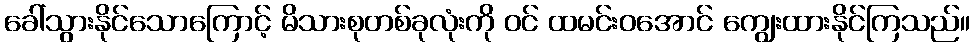
ခေါ်သွားနိုင်သောကြောင့် မိသားစုတစ်ခုလုံးကို ဝင် ထမင်းဝအောင် ကျွေးထားနိုင်ကြသည်။